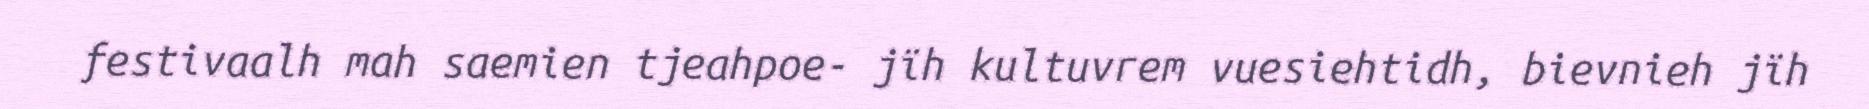
festivaalh mah saemien tjeahpoe- jïh kultuvrem vuesiehtidh, bievnieh jïh